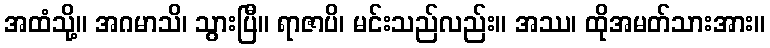
အထံသို့။ အဂမာသိ၊ သွားပြီ။ ရာဇာပိ၊ မင်းသည်လည်း။ အဿ၊ ထိုအမတ်သားအား။